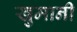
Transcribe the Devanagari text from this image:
खुमानी